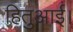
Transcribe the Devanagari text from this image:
हितुआई।